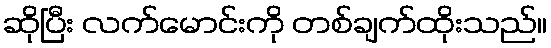
ဆိုပြီး လက်မောင်းကို တစ်ချက်ထိုးသည်။